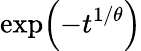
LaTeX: \exp\! \left(-t^{1/\theta}\right)